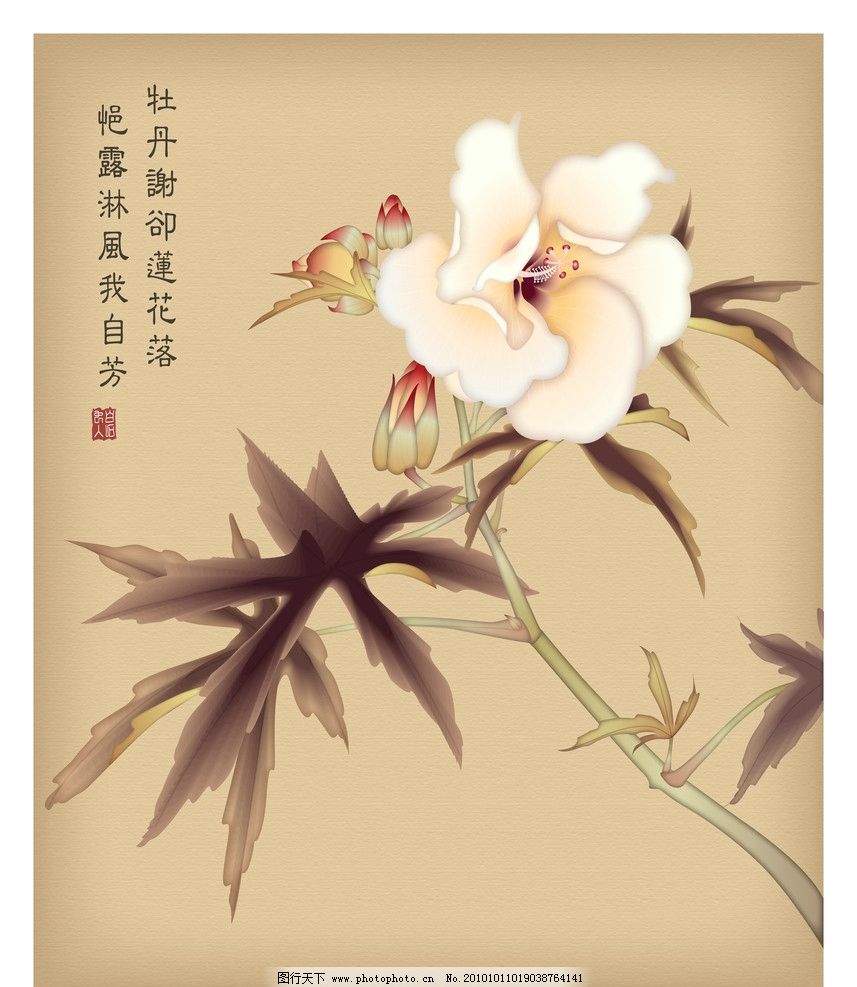
遥想江口依然，鸟啼花谢，今日谁为主。